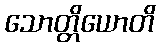
သောတ္တိယောတိ